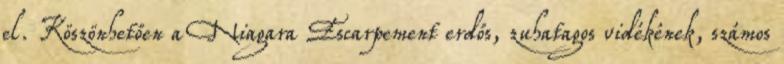
el. Köszönhetően a Niagara Escarpement erdős, zuhatagos vidékének, számos